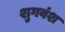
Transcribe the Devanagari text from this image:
शुगवंश